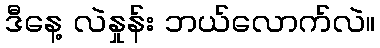
ဒီနေ့ လဲနှုန်း ဘယ်လောက်လဲ။